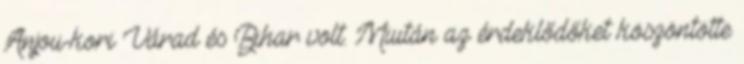
Anjou-kori Várad és Bihar volt. Miután az érdeklődőket köszöntötte